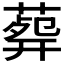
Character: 𦸟